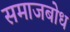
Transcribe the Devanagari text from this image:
समाजबोध